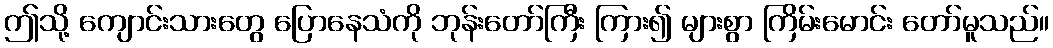
ဤသို့ ကျောင်းသားတွေ ပြောနေသံကို ဘုန်းတော်ကြီး ကြား၍ များစွာ ကြိမ်းမောင်း တော်မူသည်။